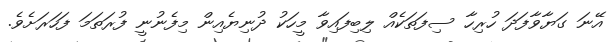
އޭނަ ގަޔާވާފަދަ ހުރިހާ ސިފަތަކެއް ލިބިފައިވާ މީހަކު ދުނިޔެއިން މިފެނުނީ ފުރަތަމަ ފަހަރަށެވެ.